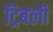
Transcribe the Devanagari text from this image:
ट्रिबली